Scottish Leaving Certificate Examination, 1954
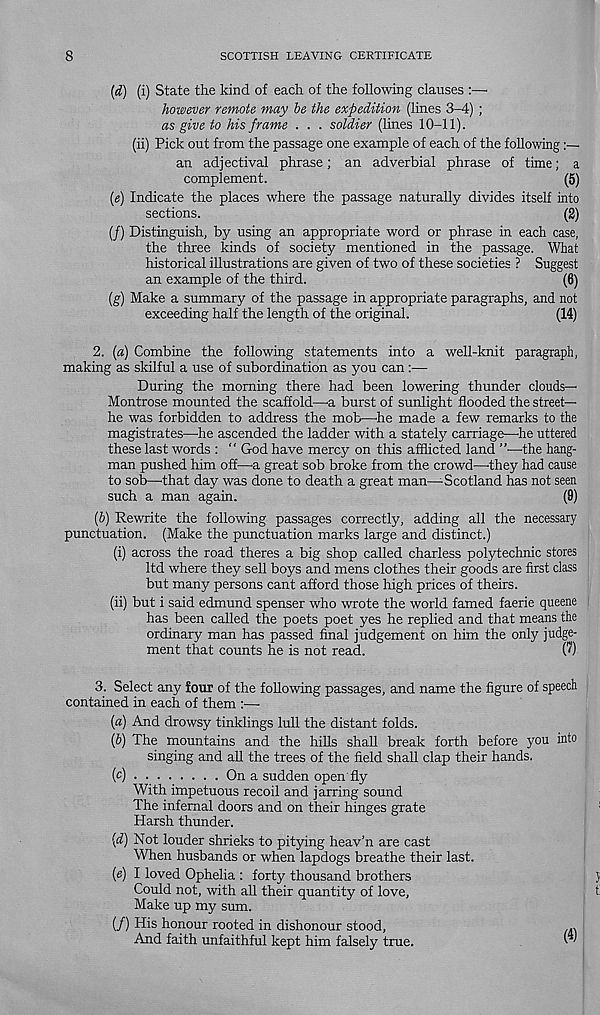
8
SCOTTISH LEAVING CERTIFICATE
(d) (i) State the kind of each of the following clauses :—
however remote may he the expedition (lines 3-4) ;
as give to his frame . . . soldier (lines 10-11).
(ii) Pick out from the passage one example of each of the following
an adjectival phrase; an adverbial phrase of time; a
complement.
(5)
(e) Indicate the places where the passage naturally divides itself into
sections.
(2)
(/) Distinguish, by using an appropriate word or phrase in each case,
the three kinds of society mentioned in the passage. What
historical illustrations are given of two of these societies ? Suggest
an example of the third.
(6)
(g) Make a summary of the passage in appropriate paragraphs, and not
exceeding half the length of the original.
(14)
2. (a) Combine the following statements into a well-knit paragraph,
making as skilful a use of subordination as you can :—•
During the morning there had been lowering thunder clouds—
Montrose mounted the scaffold—a burst of sunlight flooded the street—
he was forbidden to address the mob—he made a few remarks to the
magistrates—he ascended the ladder with a stately carriage—he uttered
these last words : " God have mercy on this afflicted land ’’—the hang-
man pushed him off—a great sob broke from the crowd—-they had cause
to sob—'that day was done to death a great man—^Scotland has not seen
such a man again.
(9)
(6) Rewrite the following passages correctly, adding all the necessary
punctuation. (Make the punctuation marks large and distinct.)
(i) across the road theres a big shop called charless polytechnic stores
ltd where they sell boys and mens clothes their goods are first class
but many persons cant afford those high prices of theirs.
(ii) but i said edmund spenser who wrote the world famed faerie queene
has been called the poets poet yes he replied and that means the
ordinary man has passed final judgement on him the only judge-
ment that counts he is not read.
(?)
3. Select any four of the following passages, and name the figure of speech
contained in each of them :—-
(a) And drowsy tinklings lull the distant folds.
(h) The mountains and the hills shall break forth before you into
singing and all the trees of the field shall clap their hands.
(c)
On a sudden open
With impetuous recoil and jarring sound
The infernal doors and on their hinges grate
Harsh thunder.
(d) Not louder shrieks to pitying heav’n are cast
When husbands or when lapdogs breathe their last.
(e) I loved Ophelia : forty thousand brothers
Could not, with all their quantity of love,
Make up my sum.
(/) His honour rooted in dishonour stood,
And faith unfaithful kept him falsely true.